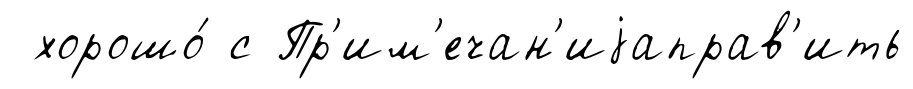
хорошо́ с Пр'им'ечан'иjаправ'ить